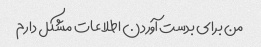
من برای بدست آوردن اطلاعات مشکل دارم